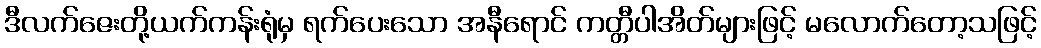
ဒီလက်ဇေးတို့ယက်ကန်းရုံမှ ရက်ပေးသော အနီရောင် ကတ္တီပါအိတ်များဖြင့် မလောက်တော့သဖြင့်